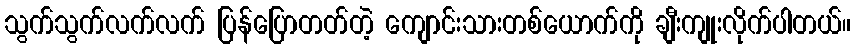
သွက်သွက်လက်လက် ပြန်ပြောတတ်တဲ့ ကျောင်းသားတစ်ယောက်ကို ချီးကျုးလိုက်ပါတယ်။